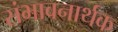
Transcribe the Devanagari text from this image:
संभावनार्थक